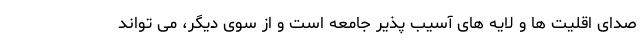
صدای اقلیت ها و لایه های آسیب پذیر جامعه است و از سوی دیگر، می تواند